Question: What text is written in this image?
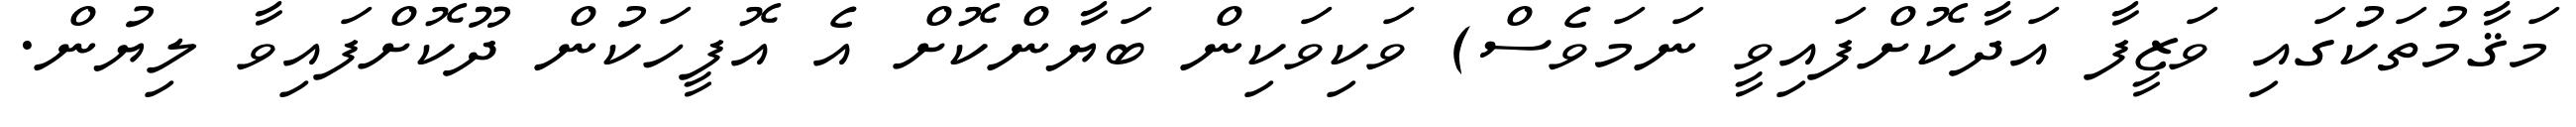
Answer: މަޤާމުތަކުގައި ވަޒީފާ އަދާކޮށްފައިވީ ނަމަވެސް) ވަކިވަކިން ބަޔާންކޮށް އެ އޮފީހަކުން ދޫކޮށްފައިވާ ލިޔުން.